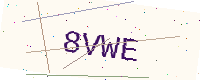
Text: 8VWE